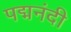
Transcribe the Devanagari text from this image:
पद्मनंदी